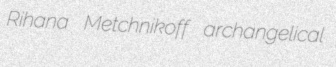
Rihana Metchnikoff archangelical